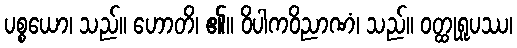
ပစ္စယော၊ သည်။ ဟောတိ၊ ၏။ ဝိပါကဝိညာဏံ၊ သည်။ ဝတ္ထုရူပဿ၊